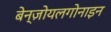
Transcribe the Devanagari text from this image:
बेन्ज़ोयलगोनाइन